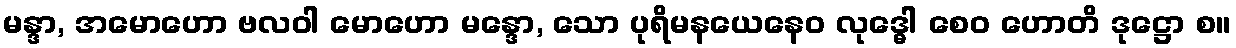
မန္ဒာ, အမောဟော ဗလဝါ မောဟော မန္ဒော, သော ပုရိမနယေနေဝ လုဒ္ဓေါ စေဝ ဟောတိ ဒုဋ္ဌော စ။